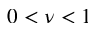
0 < \nu < 1